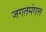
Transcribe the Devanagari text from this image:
जगतमंगल